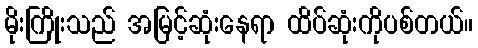
မိုးကြိုးသည် အမြင့်ဆုံးနေရာ ထိပ်ဆုံးကိုပစ်တယ်။